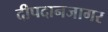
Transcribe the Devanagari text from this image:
दीपदानजागर